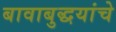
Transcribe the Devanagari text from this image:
बावाबुद्धयांचे